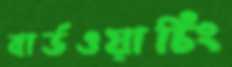
বার্ডওয়াচিং